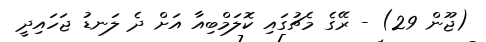
(ޖޫން 29) - ރޭގެ މެޗުގައި ކޮލަމްބިއާ އަށް ދެ ލަނޑު ޖަހައިދީ